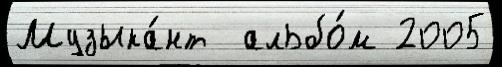
Музыка́нт  альбо́м 2005